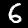
Label: 6